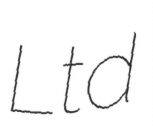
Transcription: Ltd